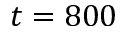
t = 8 0 0